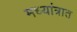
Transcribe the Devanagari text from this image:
मध्यांत्रात